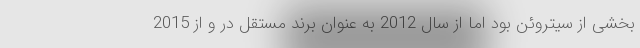
بخشی از سیتروئن بود اما از سال 2012 به عنوان برند مستقل در و از 2015